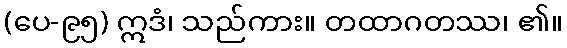
(ပေ-၉၅) ဣဒံ၊ သည်ကား။ တထာဂတဿ၊ ၏။